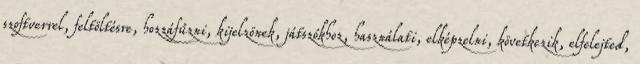
szoftverrel, feltöltésre, hozzáfűzni, kijelzönek, játszókhoz, használati, elképzelni, következik, elfelejted,